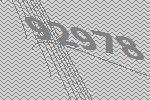
92978